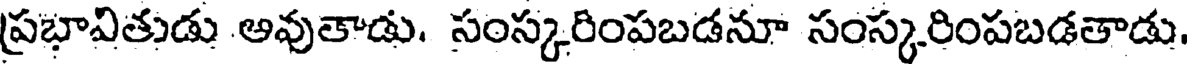
ప్రభావితుడు అవుతాడు. సంస్కరింపబడనూ సంస్కరింపబడతాడు